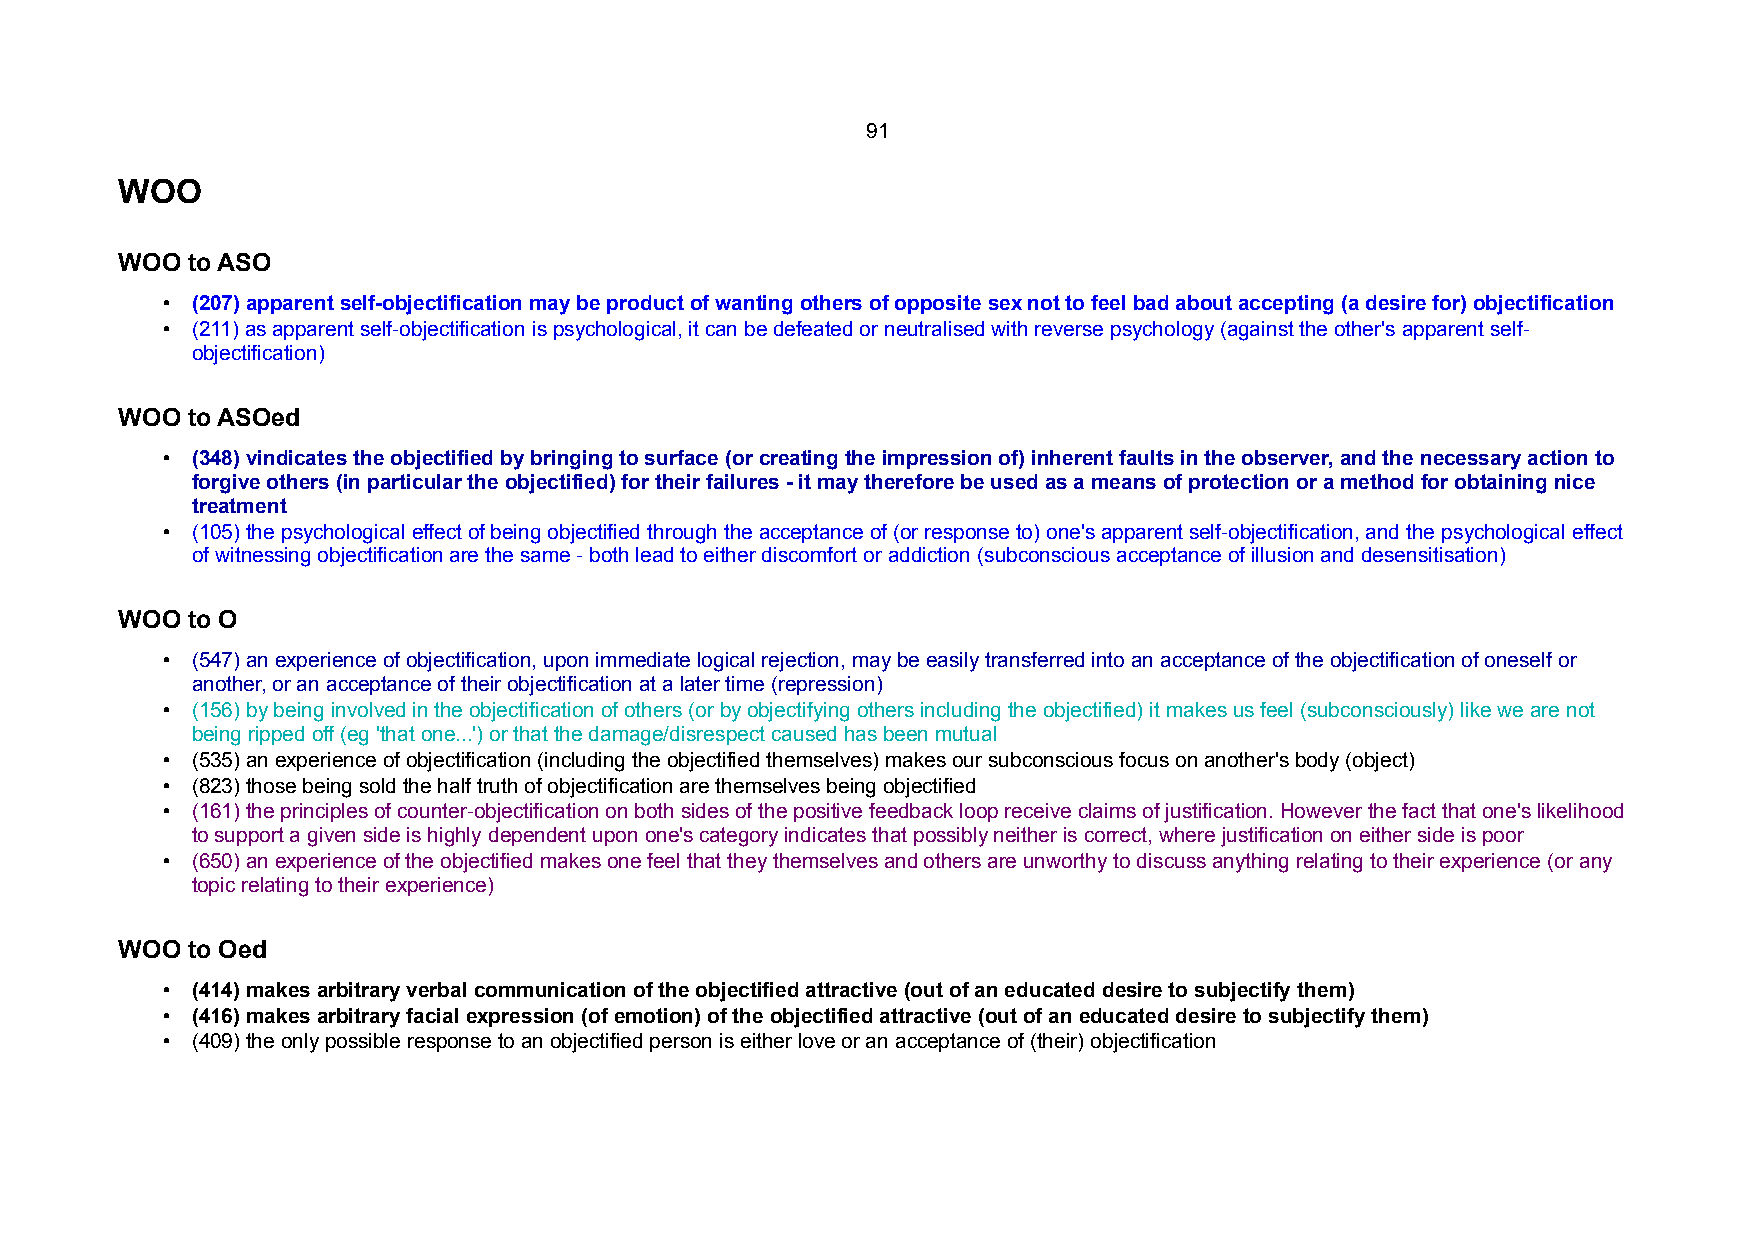
91
 WOO
 WOO to ASO
 • (207) apparent self-objectification may be product of wanting others of opposite sex not to feel bad about accepting (a desire for) objectification
 • (211) as apparent self-objectification is psychological, it can be defeated or neutralised with reverse psychology (against the other's apparent self-
 objectification)
 WOO to ASOed
 • (348) vindicates the objectified by bringing to surface (or creating the impression of) inherent faults in the observer, and the necessary action to
 forgive others (in particular the objectified) for their failures - it may therefore be used as a means of protection or a method for obtaining nice
 treatment
 • (105) the psychological effect of being objectified through the acceptance of (or response to) one's apparent self-objectification, and the psychological effect
 of witnessing objectification are the same - both lead to either discomfort or addiction (subconscious acceptance of illusion and desensitisation)
 WOO to O
 • (547) an experience of objectification, upon immediate logical rejection, may be easily transferred into an acceptance of the objectification of oneself or
 another, or an acceptance of their objectification at a later time (repression)
 • (156) by being involved in the objectification of others (or by objectifying others including the objectified) it makes us feel (subconsciously) like we are not
 being ripped off (eg 'that one...') or that the damage/disrespect caused has been mutual
 • (535) an experience of objectification (including the objectified themselves) makes our subconscious focus on another's body (object)
 • (823) those being sold the half truth of objectification are themselves being objectified
 • (161) the principles of counter-objectification on both sides of the positive feedback loop receive claims of justification. However the fact that one's likelihood
 to support a given side is highly dependent upon one's category indicates that possibly neither is correct, where justification on either side is poor
 • (650) an experience of the objectified makes one feel that they themselves and others are unworthy to discuss anything relating to their experience (or any
 topic relating to their experience)
 WOO to Oed
 • (414) makes arbitrary verbal communication of the objectified attractive (out of an educated desire to subjectify them)
 • (416) makes arbitrary facial expression (of emotion) of the objectified attractive (out of an educated desire to subjectify them)
 • (409) the only possible response to an objectified person is either love or an acceptance of (their) objectification